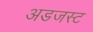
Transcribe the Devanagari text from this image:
अडजस्ट